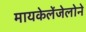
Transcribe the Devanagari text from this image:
मायकेलेंजेलोने